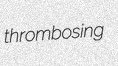
thrombosing